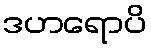
ဒဟရောပိ